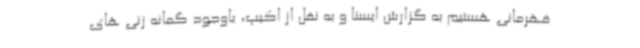
قهرمانی هستیم به گزارش ایسنا و به نقل از اکیپ، باوجود گمانه زنی های